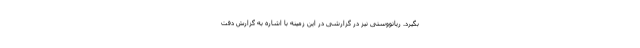
بگیرد. ریانووستی نیز در گزارشی در این زمینه با اشاره به گزارش دفت